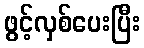
ဖွင့်လှစ်ပေးပြီး